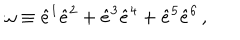
\omega \equiv \hat { e } ^ { 1 } \hat { e } ^ { 2 } + \hat { e } ^ { 3 } \hat { e } ^ { 4 } + \hat { e } ^ { 5 } \hat { e } ^ { 6 } \, ,